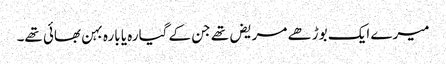
میرے ایک بوڑھے مریض تھے جن کے گیارہ یا بارہ بہن بھائی تھے۔